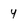
Character: y